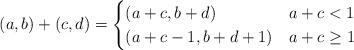
LaTeX: \begin{align*} (a,b) + (c,d) = \begin{cases} (a+c, b+d) & a + c < 1 \\ (a + c - 1, b + d + 1) & a + c \geq 1 \end{cases} \end{align*}